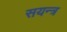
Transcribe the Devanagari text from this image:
सयन्त्र